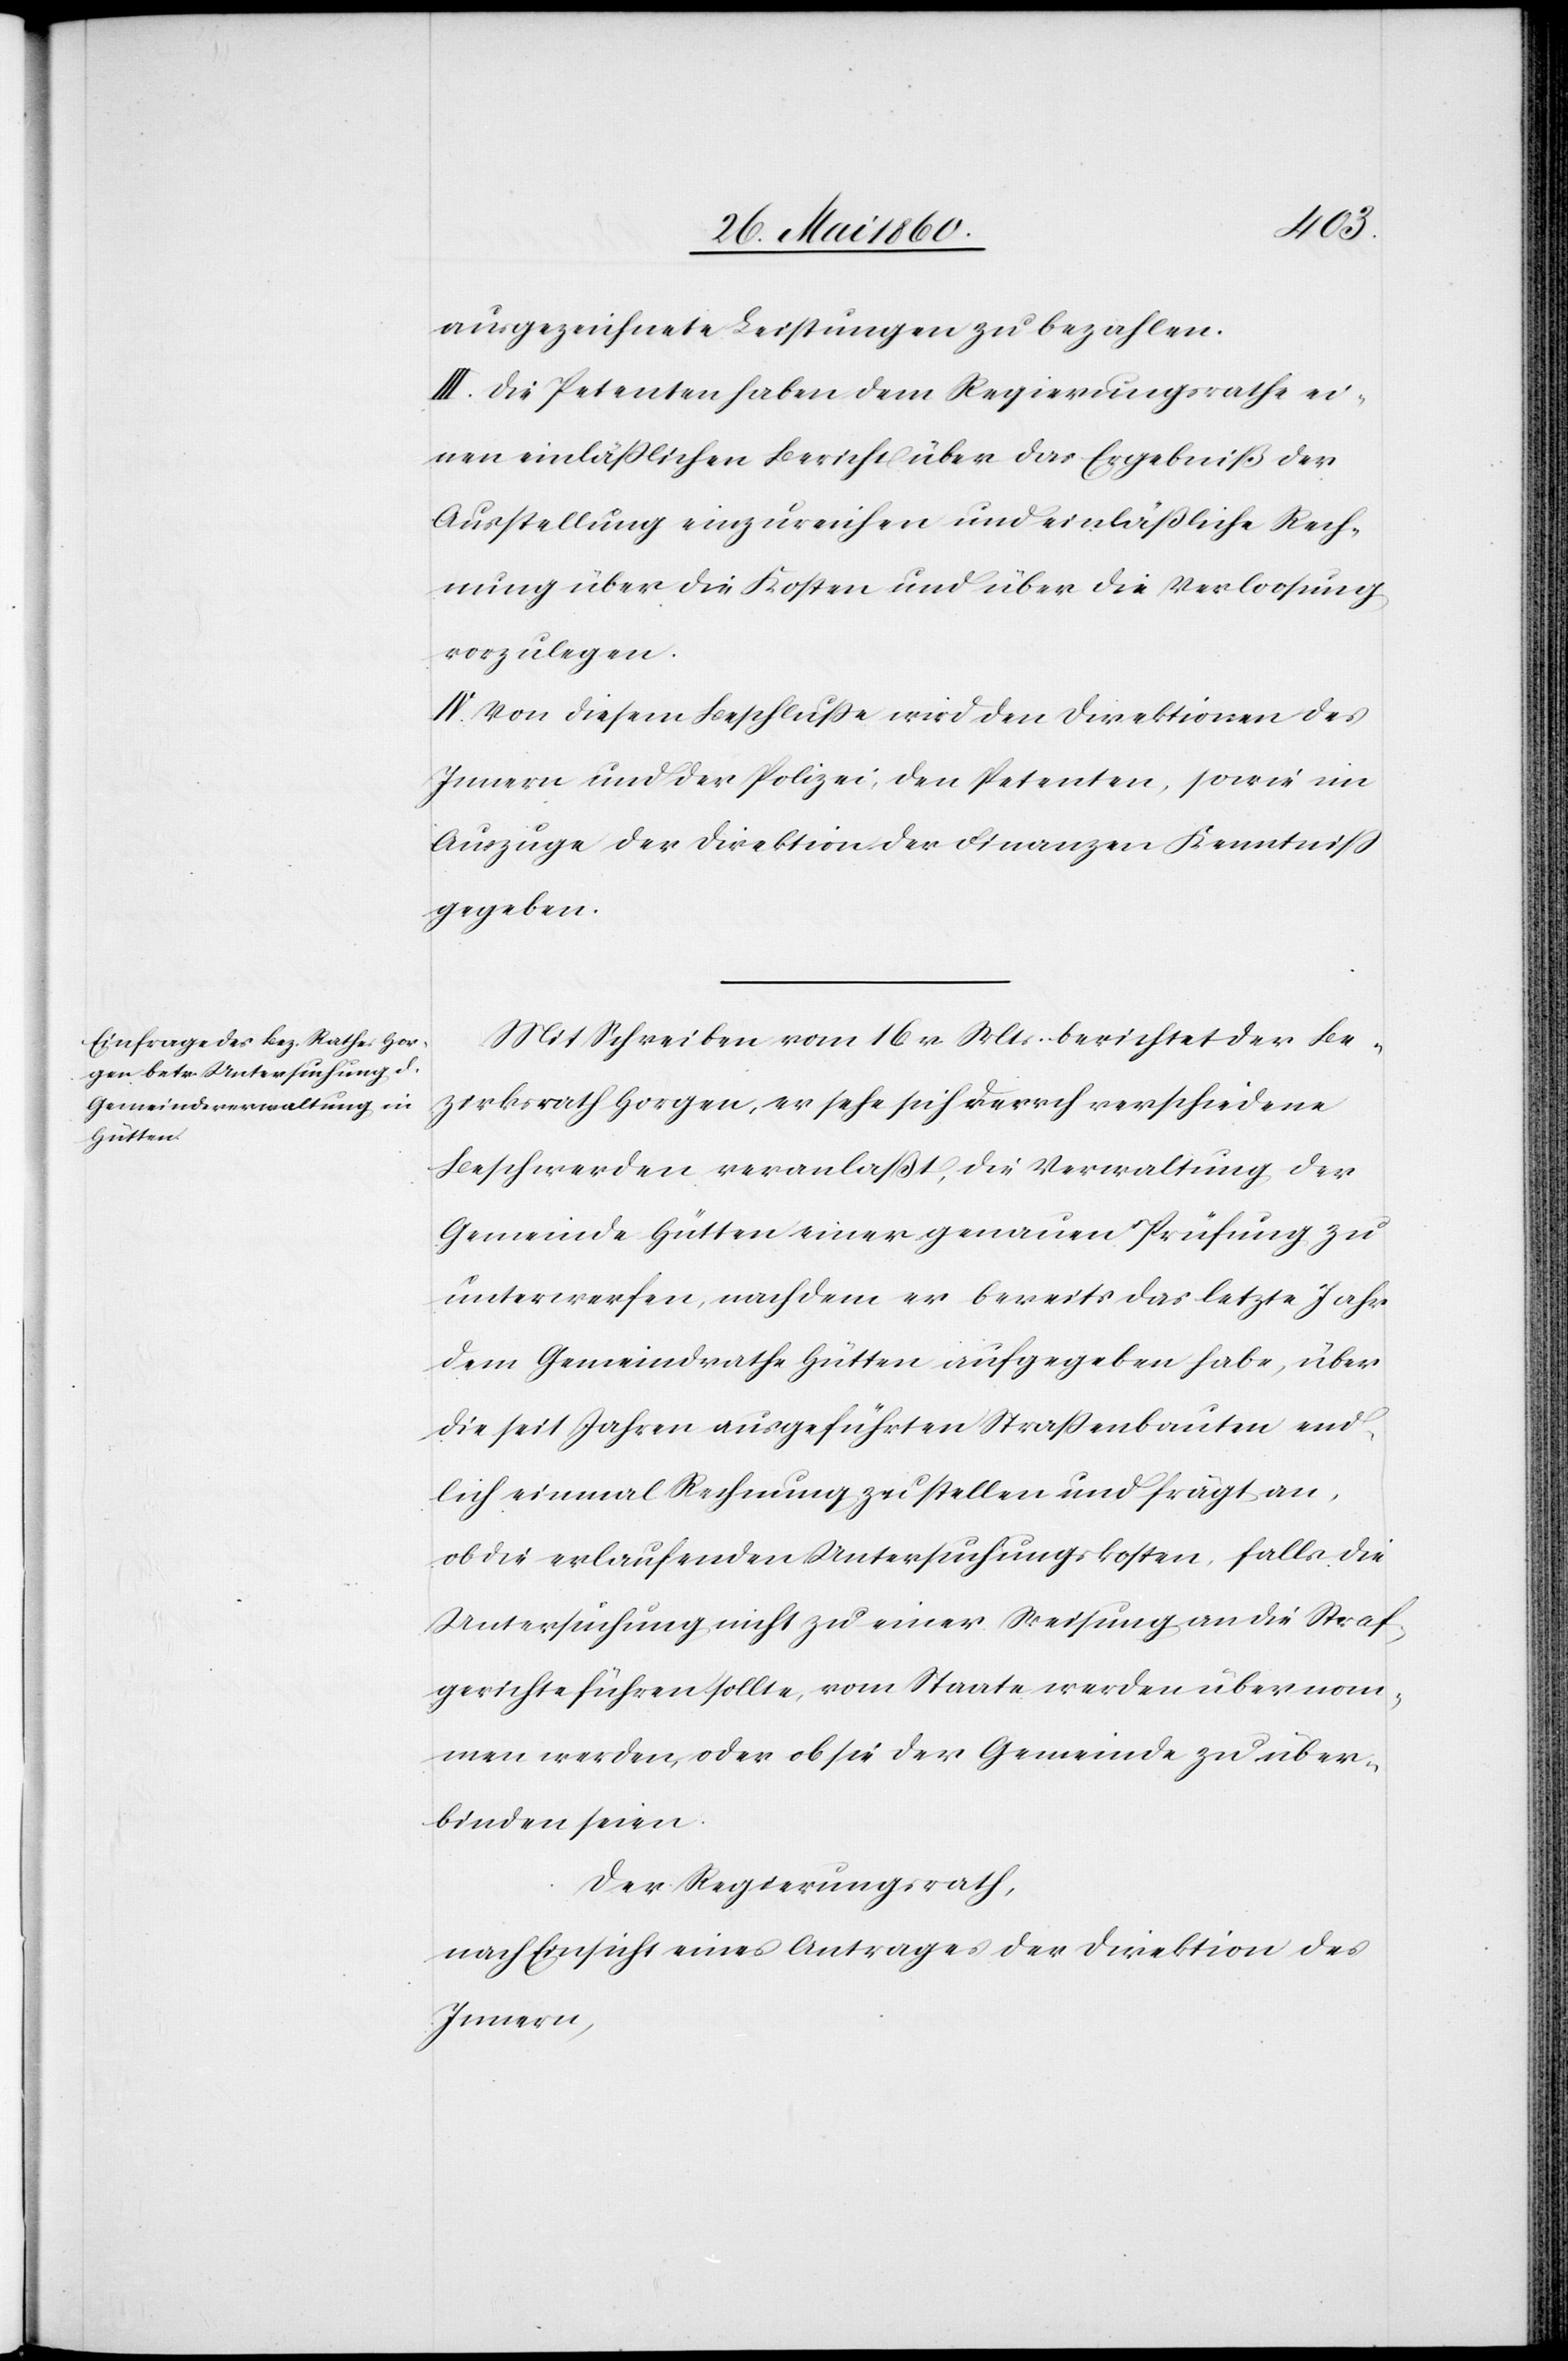
ausgezeichnete Leistungen zu bezahlen.
III. Die Petenten haben dem Regierungsrathe ei¬
nen einläßlichen Bericht über das Ergebniß der
Ausstellung einzureichen und einläßliche Rech¬
nung über die Kosten und über die Verloosung
vorzulegen.
IV. Von diesem Beschlusse wird den Direktionen des
Innern und der Polizei, den Petenten, sowie im
Auszuge der Direktion der Finanzen Kenntniss
gegeben.
Mit Schreiben vom 16. v. Mts. berichtet der Be¬
zirksrath Horgen, er sehe sich durch verschiedene
Beschwerden veranlaßt, die Verwaltung der
Gemeinde Hütten einer genauen Prüfung zu
unterwerfen, nachdem er bereits das letzte Jahr
dem Gemeindrathe Hütten aufgegeben habe, über
die seit Jahren ausgeführten Strassenbauten end¬
lich einmal Rechnung zu stellen und frägt an,
ob die erlaufenden Untersuchungskosten, falls die
Untersuchung nicht zu einer Weisung an die Straf¬
gerichte führen sollte, vom Staate werden übernom¬
men werden, oder ob sie der Gemeinde zu über¬
binden seien.
Der Regierungsrath,
nach Einsicht eines Antrages der Direktion des
Innern,